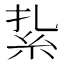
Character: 紥